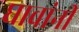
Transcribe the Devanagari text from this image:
घावांनी